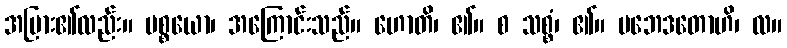
အပြား၏လည်း။ ပစ္စယော၊ အကြောင်းသည်။ ဟောတိ၊ ၏။ စ သစ္စံ၊ ၏။ ပဘေဒတောဟိ၊ လ။